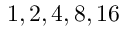
1 , 2 , 4 , 8 , 1 6